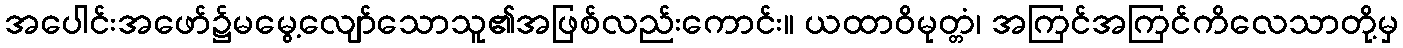
အပေါင်းအဖော်၌မမွေ့လျော်သောသူ၏အဖြစ်လည်းကောင်း။ ယထာဝိမုတ္တံ၊ အကြင်အကြင်ကိလေသာတို့မှ